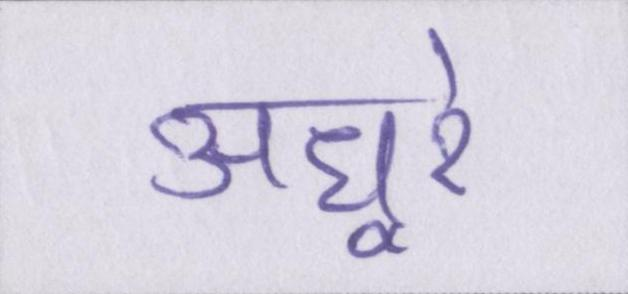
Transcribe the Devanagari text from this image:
अधूरे